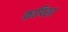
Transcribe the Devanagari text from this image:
कापिशा